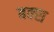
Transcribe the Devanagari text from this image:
बक्‍स